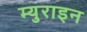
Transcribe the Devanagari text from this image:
म्युराइन